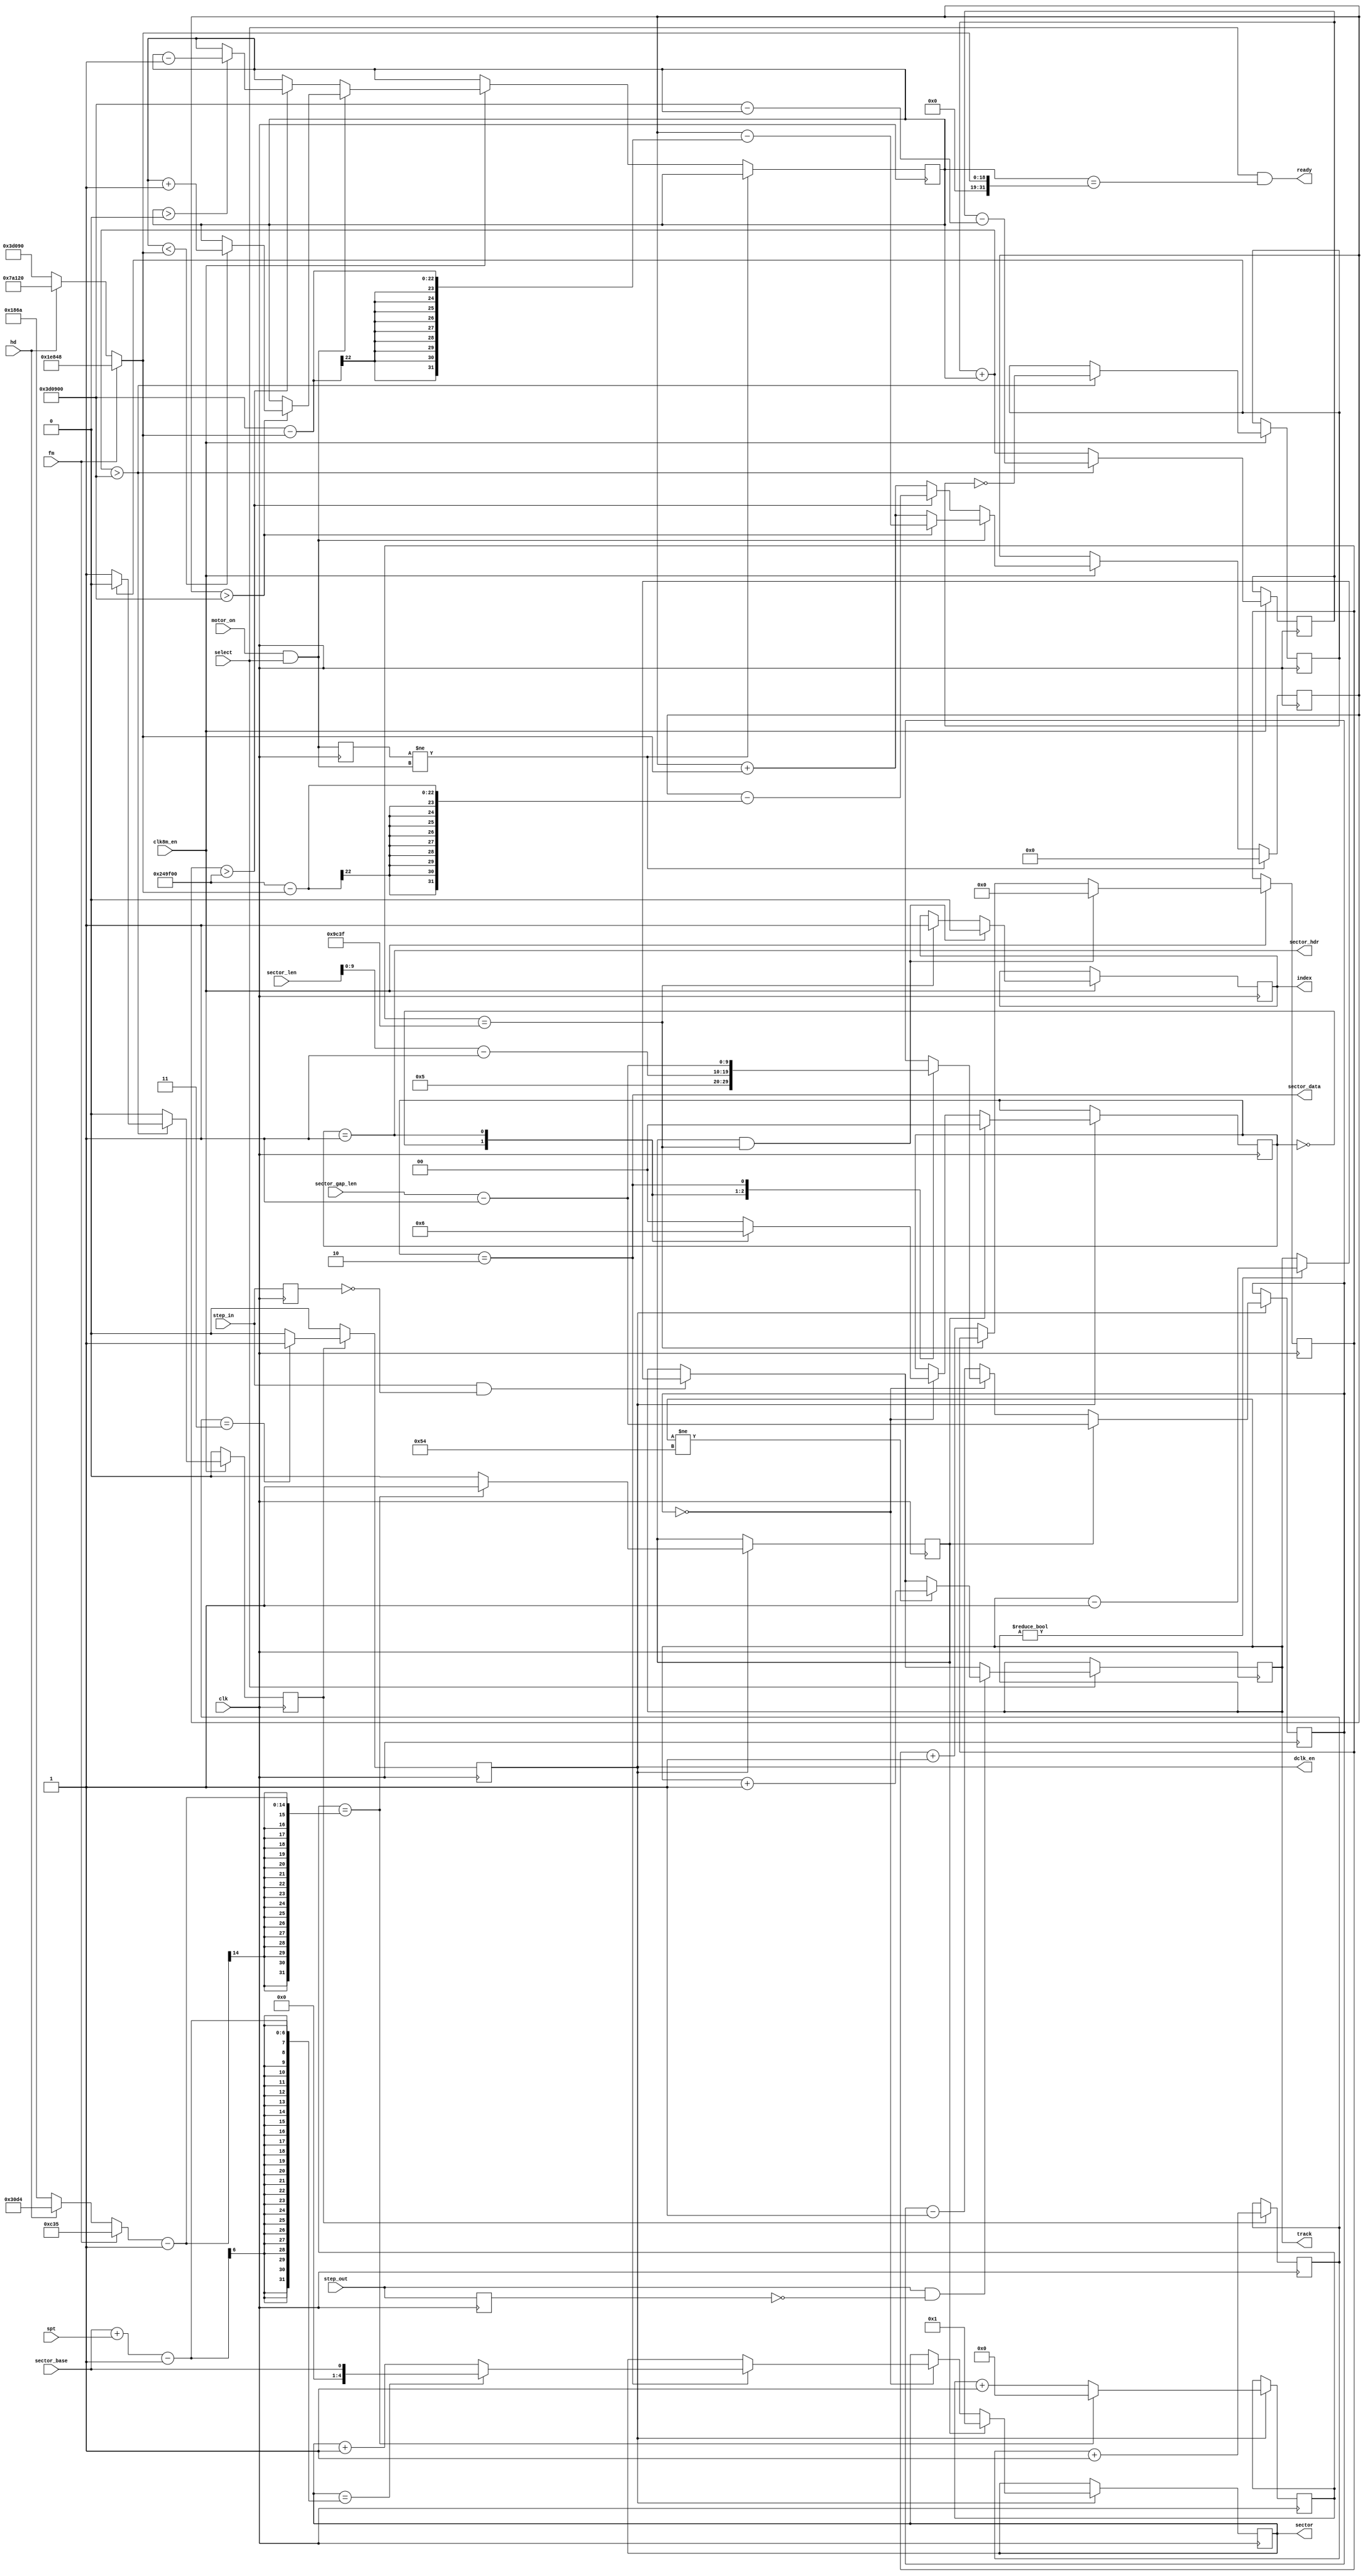
module floppy (
	// main clock
	input        clk,
	input        clk8m_en,

	input        select,
	input        motor_on,
	input        step_in,
	input        step_out,

	input [10:0] sector_len,
	input        sector_base,    // number of first sector on track (archie 0, dos 1)
	input  [4:0] spt,            // sectors/track
	input  [9:0] sector_gap_len, // gap len/sector
	input        hd,
	input        fm,

	output 	    dclk_en,      // data clock enable
	output [6:0] track,        // number of track under head
	output [4:0] sector,       // number of sector under head, 0 = no sector
	output       sector_hdr,   // valid sector header under head
	output       sector_data,  // valid sector data under head
	       
	output       ready,        // drive is ready, data can be read
	output reg   index
);

// The sysclock is the value all floppy timings are derived from. 
// Default: 8 MHz
parameter CLK_EN = 8000;

assign sector_hdr = (sec_state == SECTOR_STATE_HDR);
assign sector_data = (sec_state == SECTOR_STATE_DATA);

// a standard DD floppy has a data rate of 250kBit/s and rotates at 300RPM
localparam RATESD          = 125000;
localparam RATEDD          = 250000;
localparam RATEHD          = 500000;
localparam RPM             = 300;
localparam STEPBUSY        = 18;    // 18ms after step data can be read
localparam SPINUP          = 500;   // drive spins up in up to 800ms
localparam SPINDOWN        = 300;   // GUESSED: drive spins down in 300ms
localparam INDEX_PULSE_LEN = 5;     // fd1036 data sheet says 1~8ms
localparam SECTOR_HDR_LEN  = 6;     // GUESSED: Sector header is 6 bytes
localparam TRACKS          = 85;    // max allowed track

// Archimedes specific values
//localparam SECTOR_LEN = 11'd1024  // Default sector size is 1024 on Archie
//localparam SECTOR_LEN = 11'd512;  // Default sector size is 512 on ST ...
//localparam SPT = 4'd10;           // ... with 5 sectors per track
//localparam SECTOR_BASE = 4'd1;    // number of first sector on track (archie 0, dos 1)

// number of physical bytes per track
localparam BPTSD = RATESD*60/(8*RPM);
localparam BPTDD = RATEDD*60/(8*RPM);
localparam BPTHD = RATEHD*60/(8*RPM);

// report disk ready if it spins at full speed
assign ready = select && (rate == (fm ? RATESD : hd ? RATEHD : RATEDD));

// ================================================================
// ========================= INDEX PULSE ==========================
// ================================================================

// Index pulse generation. Pulse starts with the begin of index_pulse_start
// and lasts INDEX_PULSE_CYCLES system clock cycles
localparam INDEX_PULSE_CYCLES = INDEX_PULSE_LEN * CLK_EN;
reg [18:0] index_pulse_cnt;
always @(posedge clk) if(clk8m_en) begin
	if(index_pulse_start && (index_pulse_cnt == INDEX_PULSE_CYCLES-1)) begin
		index <= 1'b0;
		index_pulse_cnt <= 19'd0;
	end else if(index_pulse_cnt == INDEX_PULSE_CYCLES-1)
		index <= 1'b1;
	else
		index_pulse_cnt <= index_pulse_cnt + 1'd1;
end

// ================================================================
// ======================= track handling =========================
// ================================================================

localparam STEP_BUSY_CLKS = CLK_EN*STEPBUSY;  // steprate is in ms

assign track = current_track;
reg [6:0] current_track /* verilator public */ = 7'd0;

reg step_inD;
reg step_outD;
reg [19:0] step_busy /* verilator public */;
   
always @(posedge clk) begin
	step_inD <= step_in;
	step_outD <= step_out;

	if(clk8m_en && step_busy != 0)
		step_busy <= step_busy - 18'd1;

	if(select) begin
		// rising edge of step signal starts step
		if(step_in && !step_inD) begin
			if(current_track != 0) current_track <= current_track - 7'd1;
				step_busy <= STEP_BUSY_CLKS[19:0];
		end

		if(step_out && !step_outD) begin
			if(current_track != TRACKS-1) current_track <= current_track + 7'd1;
				step_busy <= STEP_BUSY_CLKS[19:0];
		end
	end
end

// ================================================================
// ====================== sector handling =========================
// ================================================================

// track has BPT bytes
// SPT sectors are stored on the track
//localparam SECTOR_GAP_LEN = BPT/SPT - (SECTOR_LEN + SECTOR_HDR_LEN);

assign sector = current_sector;

localparam SECTOR_STATE_GAP  = 2'd0;
localparam SECTOR_STATE_HDR  = 2'd1;
localparam SECTOR_STATE_DATA = 2'd2;

// we simulate an interleave of 1
reg [4:0] start_sector = 4'd1;

reg [1:0] sec_state;
reg [9:0] sec_byte_cnt;  // counting bytes within sectors
reg [4:0] current_sector = 4'd1;
  
always @(posedge clk) begin
	if (byte_clk_en) begin
		if(index_pulse_start) begin
			sec_byte_cnt <= sector_gap_len-1'd1;
			sec_state <= SECTOR_STATE_GAP;     // track starts with gap
			current_sector <= start_sector;    // track starts with sector 1
		end else begin
			if(sec_byte_cnt == 0) begin
				case(sec_state)
				SECTOR_STATE_GAP: begin
					sec_state <= SECTOR_STATE_HDR;
					sec_byte_cnt <= SECTOR_HDR_LEN[9:0]-1'd1;
				end
	   
				SECTOR_STATE_HDR: begin
					sec_state <= SECTOR_STATE_DATA;
					sec_byte_cnt <= sector_len[9:0]-1'd1;
				end
	   
				SECTOR_STATE_DATA: begin
					sec_state <= SECTOR_STATE_GAP;
					sec_byte_cnt <= sector_gap_len-1'd1;
					if(current_sector == sector_base+spt-1) 
						current_sector <= sector_base;
					else
						current_sector <= sector + 1'd1;
					end

				default:
					sec_state <= SECTOR_STATE_GAP;
	      
				endcase
			end else
				sec_byte_cnt <= sec_byte_cnt - 10'd1;
		end
	end
end
   
// ================================================================
// ========================= BYTE CLOCK ===========================
// ================================================================

// An ed floppy at 300rpm with 1MBit/s has max 31.250 bytes/track
// thus we need to support up to 31250 events
reg [14:0] byte_cnt;
reg 	   index_pulse_start;
always @(posedge clk) begin
	if (byte_clk_en) begin
		index_pulse_start <= 1'b0;

		if(byte_cnt == ((fm ? BPTSD : hd ? BPTHD : BPTDD)-1'd1)) begin
			byte_cnt <= 0;
			index_pulse_start <= 1'b1;
		end else
			byte_cnt <= byte_cnt + 1'd1;
	end
end

// Make byte clock from bit clock.
// When a DD disk spins at 300RPM every 32us a byte passes the disk head
assign dclk_en = byte_clk_en;
reg byte_clk_en;
reg [2:0] clk_cnt2;
always @(posedge clk) begin
	byte_clk_en <= 0;
	if (data_clk_en) begin
		clk_cnt2 <= clk_cnt2 + 1'd1;
		if (clk_cnt2 == 3'b011) byte_clk_en <= 1;
	end
end

// ================================================================
// ===================== SPIN VIRTUAL DISK ========================
// ================================================================

// number of system clock cycles after which disk has reached
// full speed
localparam SPIN_UP_CLKS = CLK_EN*SPINUP;
localparam SPIN_DOWN_CLKS = CLK_EN*SPINDOWN;
reg [31:0] spin_up_counter;

// internal motor on signal that is only true if the drive is selected
wire motor_on_sel = motor_on && select;
   
// data rate determines rotation speed
reg [31:0] rate /* verilator public */ = 0;
reg motor_onD;

always @(posedge clk) begin
	motor_onD <= motor_on_sel;

	// reset spin_up counter whenever motor state changes
	if(motor_onD != motor_on_sel)
		spin_up_counter <= 32'd0;
	else if(clk8m_en) begin
		spin_up_counter <= spin_up_counter + (fm ? RATESD : hd ? RATEHD : RATEDD);
      
		if(motor_on_sel) begin
			// spinning up
			if(spin_up_counter > SPIN_UP_CLKS) begin
				if(rate < (fm ? RATESD : hd ? RATEHD : RATEDD))
					rate <= rate + 32'd1;
				spin_up_counter <= spin_up_counter - (SPIN_UP_CLKS - (fm ? RATESD : hd ? RATEHD : RATEDD));
			end
		end else begin
			// spinning down
			if(spin_up_counter > SPIN_DOWN_CLKS) begin
				if(rate > 0)
					rate <= rate - 32'd1;
				spin_up_counter <= spin_up_counter - (SPIN_DOWN_CLKS - (fm ? RATESD : hd ? RATEHD : RATEDD));
			end
		end // else: !if(motor_on)
	end // else: !if(motor_onD != motor_on)
end

// Generate a data clock from the system clock. This depends on motor
// speed and reaches the full rate when the disk rotates at 300RPM. No
// valid data can be read until the disk has reached it's full speed.
reg data_clk;
reg data_clk_en;
reg [31:0] clk_cnt;
always @(posedge clk) begin
	data_clk_en <= 0;
	if(clk8m_en) begin
		if(clk_cnt + rate > CLK_EN*1000/2) begin
			clk_cnt <= clk_cnt - (CLK_EN*1000/2 - rate);
			data_clk <= !data_clk;
			if (~data_clk) data_clk_en <= 1;
		end else
			clk_cnt <= clk_cnt + rate;
	end
end

endmodule